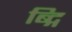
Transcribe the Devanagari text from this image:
ब्द्गि